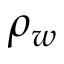
\rho _ { w }